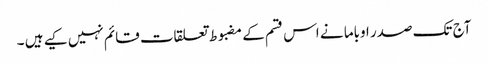
آج تک صدر اوباما نے اس قسم کے مضبوط تعلقات قائم نہیں کیے ہیں ۔